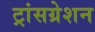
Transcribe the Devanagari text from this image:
ट्रांसग्रेशन